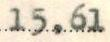
15,61